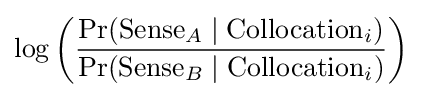
\log \left({\frac {\Pr({\text{Sense}}_{A}\mid {\text{Collocation}}_{i})}{\Pr({\text{Sense}}_{B}\mid {\text{Collocation}}_{i})}}\right)